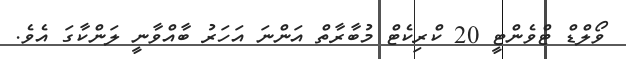
ވޯލްޑް ޓްވެންޓީ 20 ކްރިކެޓް މުބާރާތް އަންނަ އަހަރު ބާއްވާނީ ލަންކާގަ އެވެ.